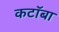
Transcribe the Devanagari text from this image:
कटॉबा